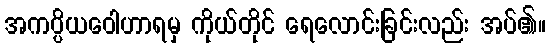
အကပ္ပိယဝေါဟာရမှ ကိုယ်တိုင် ရေလောင်းခြင်းလည်း အပ်၏။